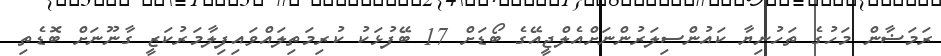
ރަމަޟާން މަހުގެ ތަހުނިޔާ ކައުންސިލަރުންނަށްއެލްޖީއޭގެ ބޯޑަށް 17 ބޭފުޅަކު ކުރިމަތިލައްވައިފިލާމަރުކަޒީ ގާނޫނަށް ބޮޑެތި